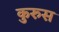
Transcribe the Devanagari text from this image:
कुरुस